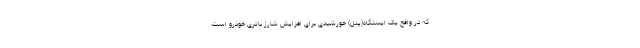
که در واقع یک ایستگاه(پنل) خورشیدی برای افزایش شارژ باتری خودرو است.